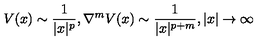
V ( x ) \sim \frac { 1 } { | x | ^ { p } } , \nabla ^ { m } V ( x ) \sim \frac { 1 } { | x | ^ { p + m } } , | x | \rightarrow \infty